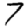
Digit: 7